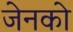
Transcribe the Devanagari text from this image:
जेनको